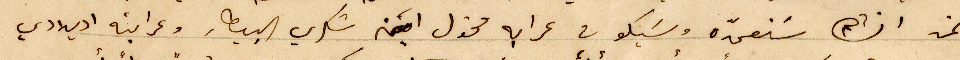
غد انشالله سَنعمدّه وسَيكون عرابه مخول ابن شكري البيطار وعرابته اديلادي